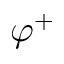
\varphi ^ { + }